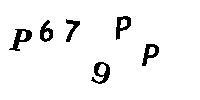
P679PP